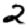
Digit: 2